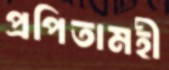
প্রপিতামহী